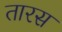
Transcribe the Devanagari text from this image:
तारस